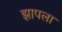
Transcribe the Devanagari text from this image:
झापला